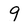
Character: 9